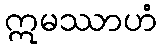
ဣမဿာဟံ